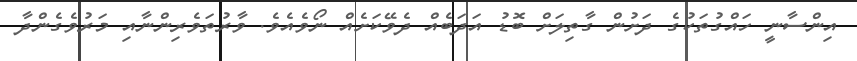
އިންސާނީ ހައްގުތަކުގެ ދަށުން ގާތިލަށް ބޮޑު އަދަބެއް ދެވޭކަށެއް ނޯވެއެވެ. ވާރުތަވެރިންނާއި މަރުވެގެންދާ